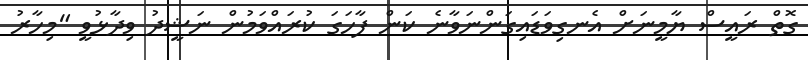
ގޮތް ރައީސް ޔާމީނަށް އެނގިވަޑައިގަންނަވާނެ ކަން ފާހަގަ ކުރައްވަމުން ނަޝީދު ވިދާޅުވީ "މިހާރު